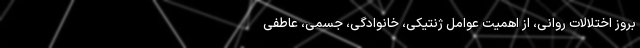
بروز اختلالات روانی، از اهمیت عوامل ژنتیکی، خانوادگی، جسمی، عاطفی